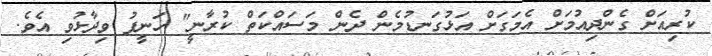
ކުރިއަށް ގެންދިއުމަށް އެމަގަށް އަޅުގަނޑުމެން ދެން މަސައްކަތް ކުރާނީ" ހަނީފު ވިދާޅުވި އެވެ.